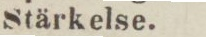
Stärkelse.